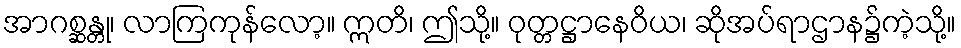
အာဂစ္ဆန္တု၊ လာကြကုန်လော့။ ဣတိ၊ ဤသို့။ ဝုတ္တဋ္ဌာနေဝိယ၊ ဆိုအပ်ရာဌာန၌ကဲ့သို့။